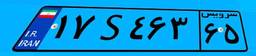
۱۷S۴۶۳۶۵